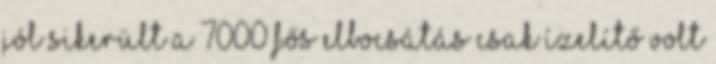
jól sikerült A 7000 fős elbocsátás csak ízelítő volt